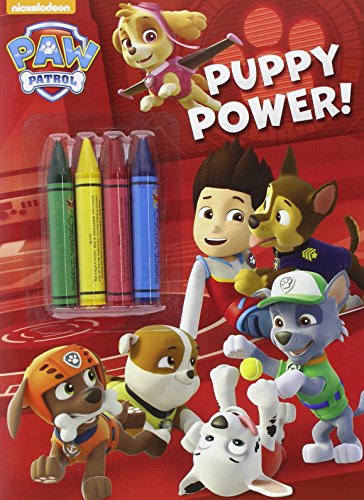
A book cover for Puppy Power! (Paw Patrol) (Color Plus Chunky Crayons); Golden Books; Children's Books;